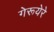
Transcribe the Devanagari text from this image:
गेरूयेरे